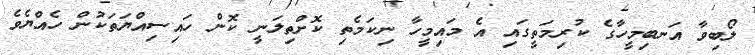
ލޯބިވާ އަނބިމީހާގެ ކުރިމަތީގައި އެ މައިމީހާ ނިކަމެތި ކޮށްތިލަނީ ކޮން ހައިސިއްޔަތަކުން ހެއްޔެވެ